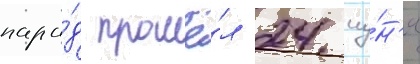
пара́д прошё́л 24 иу́н'я